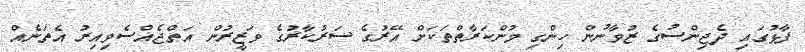
ފާޅުގައި ދެޖިންސުގެ ޒުވާނުން ހިންގި މުންކަރާތްތަކަށް އޭރުގެ ސަރުކާރުގެ ވަޒީރުން އަތްޖެއްސެވިއިރު އެތަނެއް